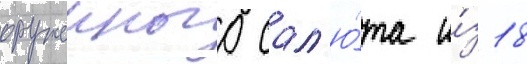
оружеиного сал'ю́та и́з 18